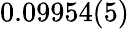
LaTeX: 0.09954(5)